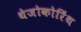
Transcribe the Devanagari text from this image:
थेजोकोरिंथ